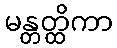
မန္တတ္ထိကာ